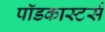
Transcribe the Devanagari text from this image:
पॉडकास्टर्स